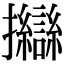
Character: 𢺈